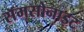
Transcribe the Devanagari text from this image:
सॅमसोनाइट